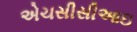
એચસીસીઆઇ